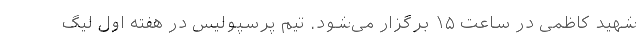
شهید کاظمی در ساعت ۱۵ برگزار می‌شود. تیم پرسپولیس در هفته اول لیگ